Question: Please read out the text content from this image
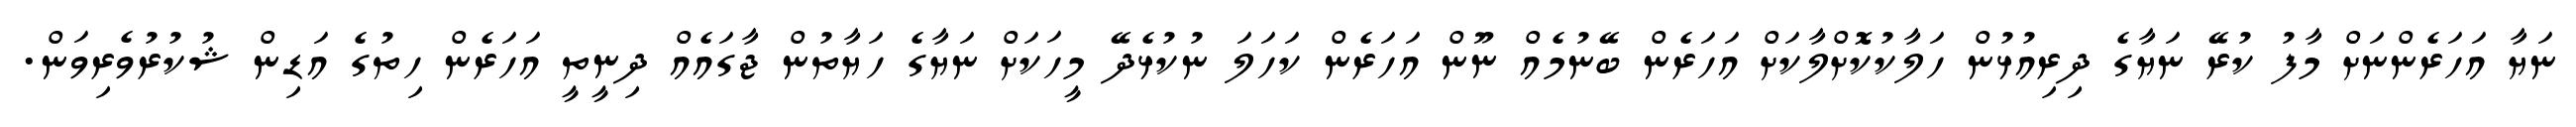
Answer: ނަޔާ އަހަރެންނަށް މާފު ކުރޭ ނަޔާގެ ދިރިއުޅުން ހަލާކުކޮށްލާކަށް އަހަރެން ބޭނުމެއް ނޫން އަހަރެން ކަހަލަ ނުކުޅެދޭ މީހަކަށް ނަޔާގެ ހަޔާތުން ޖާގައެއް ދިނީތީ އަހަރެން ހިތުގެ އަޑިން ޝުކުރުވެރިވަން.